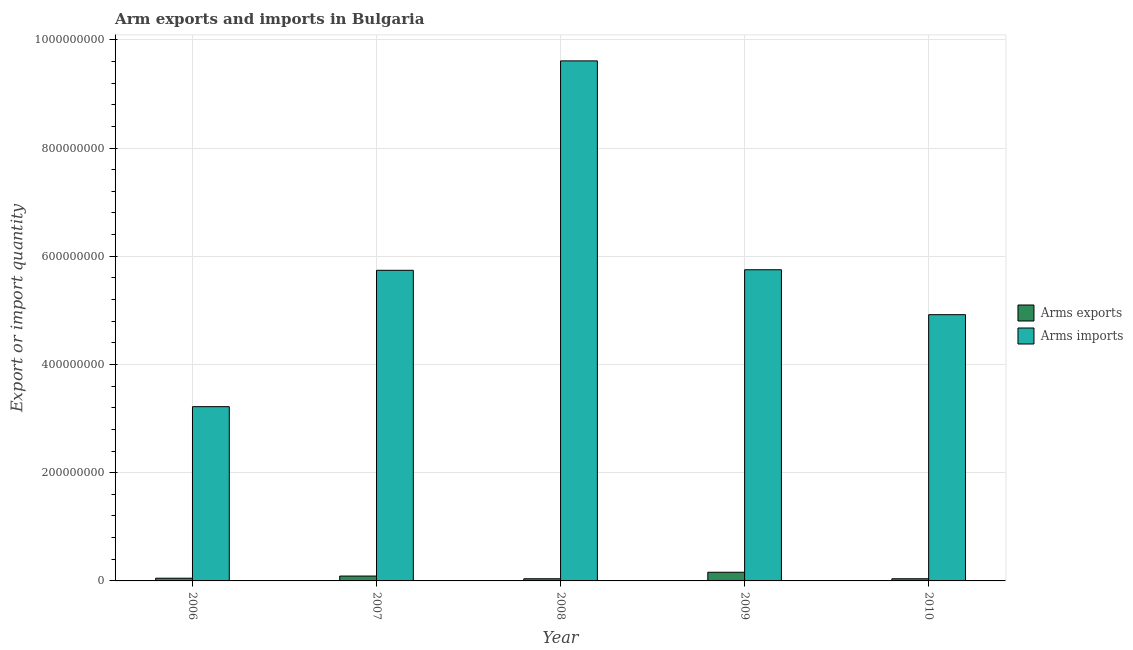
| Year | Arms exports | Arms imports |
 | --- | --- | --- |
 | 2006 | 5e+06 | 3.22e+08 |
 | 2007 | 9e+06 | 5.74e+08 |
 | 2008 | 4e+06 | 9.61e+08 |
 | 2009 | 1.6e+07 | 5.75e+08 |
 | 2010 | 4e+06 | 4.92e+08 |